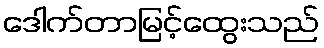
ဒေါက်တာမြင့်ထွေးသည်